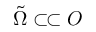
\tilde { \Omega } \subset \joinrel \subset O